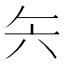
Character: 𰃞